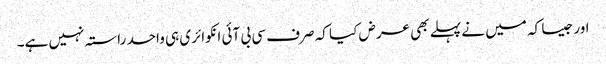
اور جیسا کہ میں نے پہلے بھی عرض کیا کہ صرف سی بی آئی انکوائری ہی واحد راستہ نہیں ہے۔